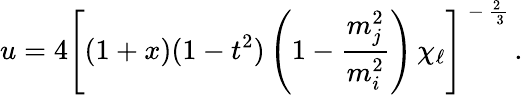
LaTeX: u=4\left[(1+x)(1-t^{2})\left(1-{\frac{m_{j}^{2}}{m_{i}^{2}}}\right)\, \chi_{\ell}\right]^{\mathrm{\normalsize~-~{\frac{2~}{~3}}~}}.